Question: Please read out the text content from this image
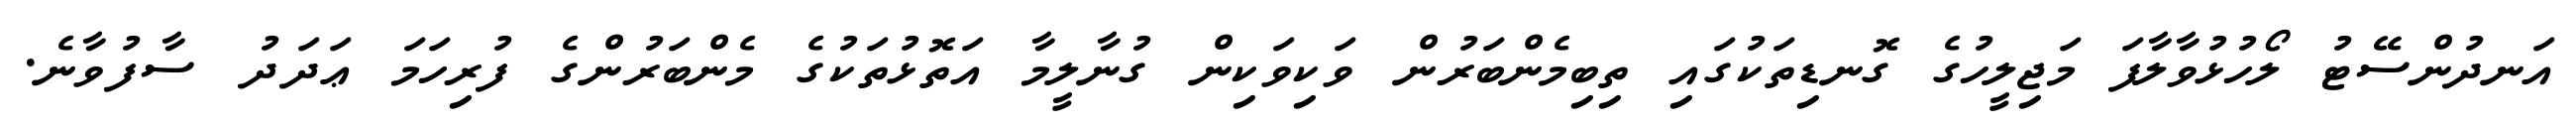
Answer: އަނދުންސޭޓު ލޯހުޅުވާލާފަ މަޖިލީހުގެ ގޮނޑިތަކުގައި ތިބިމެންބަރުން ވަކިވަކިން ގުނާލީމާ އަތޮޅުތަކުގެ މެންބަރުންގެ ފުރިހަމަ ޢަދަދު ސާފުވާނެ.